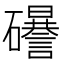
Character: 𥗟